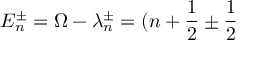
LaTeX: E _ { n } ^ { \pm } = \Omega - \lambda _ { n } ^ { \pm } = ( n + \frac { 1 } { 2 } \pm \frac { 1 } { 2 }